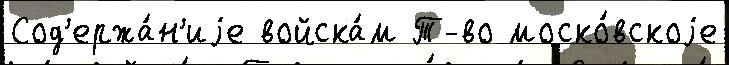
Сод'ержа́н'иjе войска́м Т-во моско́вскоjе